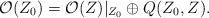
LaTeX: \begin{align*}\mathcal{O}(Z_0)= \mathcal{O}(Z)|_{Z_0} \oplus Q(Z_0,Z).\end{align*}